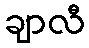
ချာလီ